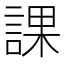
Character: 課